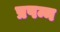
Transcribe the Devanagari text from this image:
प्रपन्न